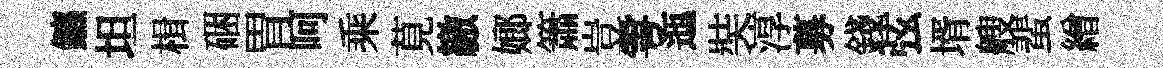
鑣坦楫硱胃呵乘莧繳嫏簫豈雩迤奘淳募錢弦壻艘蜚繒